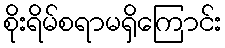
စိုးရိမ်စရာမရှိကြောင်း